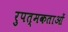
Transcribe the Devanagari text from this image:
रुपत्मकताओं